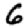
Digit: 6